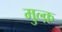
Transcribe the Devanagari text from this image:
मुल्क़